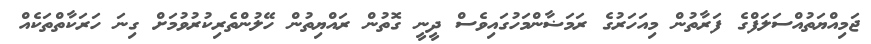
ޖަމިއްޔަތުއްސަލަފްގެ ފަރާތުން މިއަހަރުގެ ރަމަޟާންމަހުގައިވެސް ދީނީ ގޮތުން ރައްޔިތުން ހޭލުންތެރިކުރުވުމަށް ގިނަ ހަރަކާތްތަކެއް